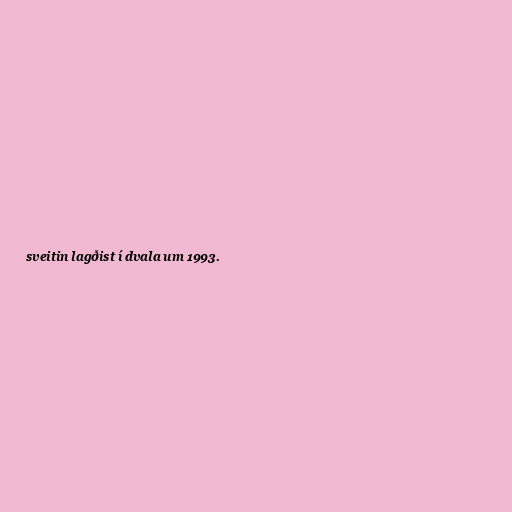
sveitin lagðist í dvala um 1993.